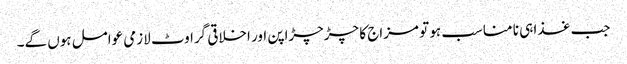
جب غذا ہی نا مناسب ہو تو مزاج کا چڑچڑاپن اور اخلاقی گراوٹ لازمی عوامل ہوں گے۔